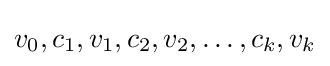
v_{0},c_{1},v_{1},c_{2},v_{2},\dots ,c_{k},v_{k}